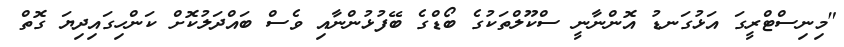
"މިނިސްޓްރީގަ އަޅުގަނޑު އޮންނާނީ ސްކޫލްތަކުގެ ބޯޑްގެ ބޭފުޅުންނާއި ވެސް ބައްދަލުކޮށް ކަންހިގައިދިޔަ ގޮތް